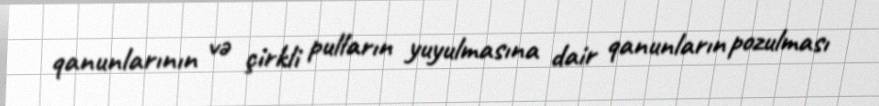
qanunlarının və çirkli pulların yuyulmasına dair qanunların pozulması